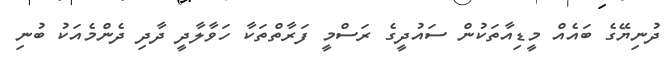
ދުނިޔޭގެ ބައެއް މީޑިއާތަކުން ސައުދީގެ ރަސްމީ ފަރާތްތަކާ ހަވާލާދީ ދާދި ދެންމެއަކު ބުނި